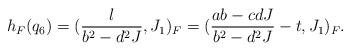
LaTeX: \begin{align*} h_F(q_6) = (\frac{l}{b^2 - d^2J}, J_1)_F = (\frac{ab-cdJ}{b^2 - d^2J} - t, J_1)_F.\end{align*}